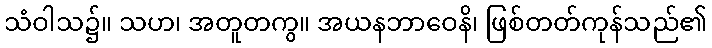
သံဝါသ၌။ သဟ၊ အတူတကွ။ အယနဘာဝေနိ၊ ဖြစ်တတ်ကုန်သည်၏